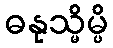
ဓနုသ္မိမ္ပိ